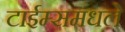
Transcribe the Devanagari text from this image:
टाईम्समधले